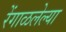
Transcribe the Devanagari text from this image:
रेंगाळलेल्या